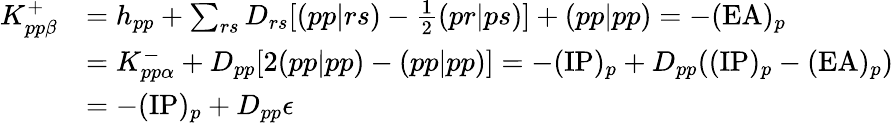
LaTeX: \begin{array}{rl}{K_{pp\beta}^{+}}&{=h_{pp}+\sum_{rs}D_{rs}[(pp|rs)-\frac{1}{2}(pr|ps)]+(pp|pp)=-(\mathrm{EA})_{p}}\\ &{=K_{pp\alpha}^{-}+D_{pp}[2(pp|pp)-(pp|pp)]=-(\mathrm{IP})_{p}+D_{pp}((\mathrm{IP})_{p}-(\mathrm{EA})_{p})}\\ &{=-(\mathrm{IP})_{p}+D_{pp}\epsilon}\end{array}